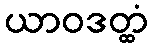
ယာဝဒတ္ထံ